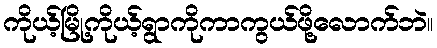
ကိုယ့်မြို့ကိုယ့်ရွာကိုကာကွယ်ဖို့လောက်ဘဲ။